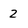
Character: 2